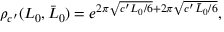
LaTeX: \rho _ { c ^ { \prime } } ( L _ { 0 } , \bar { L } _ { 0 } ) = e ^ { 2 \pi \sqrt { c ^ { \prime } L _ { 0 } / 6 } + 2 \pi \sqrt { c ^ { \prime } \bar { L } _ { 0 } / 6 } } ,